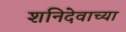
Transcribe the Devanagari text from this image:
शनिदेवाच्या